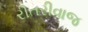
રીતરીવાજ